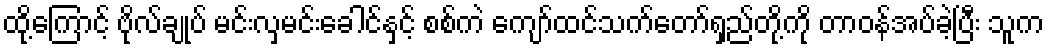
ထို့ကြောင့် ဗိုလ်ချုပ် မင်းလှမင်းခေါင်နှင့် စစ်ကဲ ကျော်ထင်သက်တော်ရှည်တို့ကို တာဝန်အပ်ခဲ့ပြီး သူက